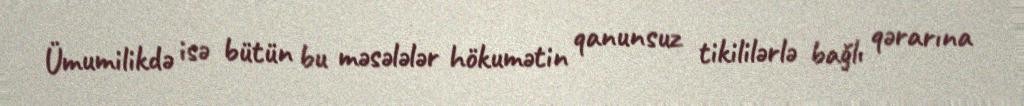
Ümumilikdə isə bütün bu məsələlər hökumətin qanunsuz tikililərlə bağlı qərarına